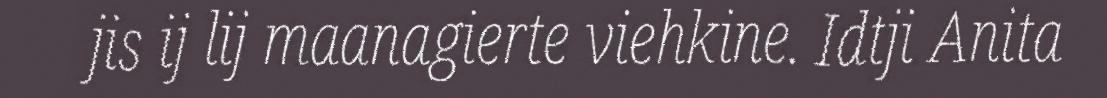
jis ij lij maanagierte viehkine. Idtji Anita